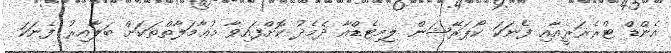
އެންޑް ޓްރެޜަރީއާއި ފެނަކަ ކޯޕަރޭޝަން ލިމިޓެޑްއާ ދެމެދު ކޮށްފައިވާ މުޢާމަލާތްތަކަށް ބަލާއިރު ފެނަކަ